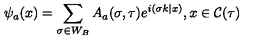
\psi _ { a } ( x ) = \sum _ { \sigma \in W _ { B } } A _ { a } ( \sigma , \tau ) e ^ { i ( \sigma k | x ) } , x \in { \cal C } ( \tau )